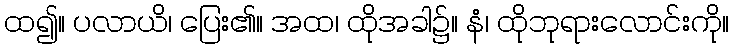
ထ၍။ ပလာယိ၊ ပြေး၏။ အထ၊ ထိုအခါ၌။ နံ၊ ထိုဘုရားလောင်းကို။